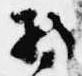
持